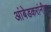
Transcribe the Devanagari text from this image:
आंबेडकरांनीच